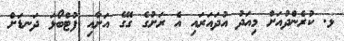
ޅ. ކުރެންދުއަށް މިއަދު އުދައަރައި އެ ރަށުގެ ގޭގެ އަށާއި ފުޓްބޯޅަ ދަނޑަށް